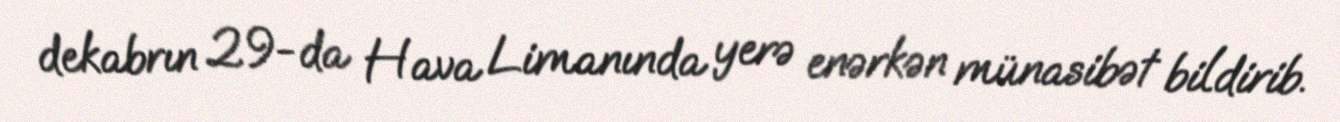
dekabrın 29-da Hava Limanında yerə enərkən münasibət bildirib.